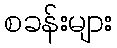
စခန်းများ